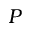
P